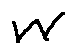
w